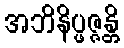
အဘိနိပ္ဖဇ္ဇန္တိ